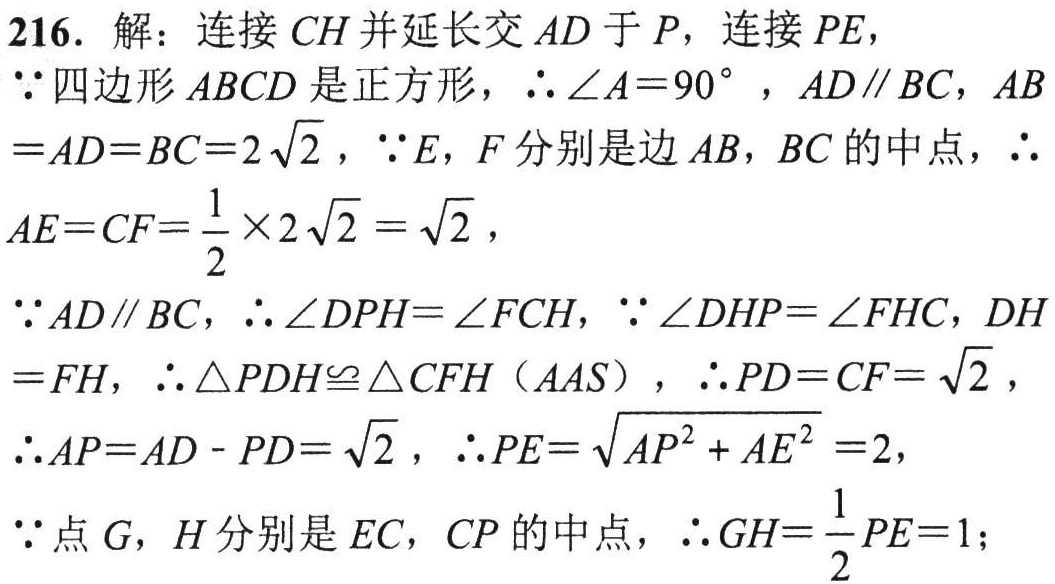
216. 解：连接$CH$并延长交$AD$于$P$，连接$PE$，
$\because$四边形$ABCD$是正方形，$\therefore\angle A = 90^{\circ}$，$AD\parallel BC$，$AB$
$=AD = BC = 2\sqrt{2}$，$\because E,F$分别是边$AB,BC$的中点，$\therefore$
$AE = CF=\frac{1}{2}\times2\sqrt{2}=\sqrt{2}$，
$\because AD\parallel BC$，$\therefore\angle DPH=\angle FCH$，$\because\angle DHP=\angle FHC$，$DH$
$=FH$，$\therefore\triangle PDH\cong\triangle CFH$（$AAS$），$\therefore PD = CF=\sqrt{2}$，
$\therefore AP = AD - PD=\sqrt{2}$，$\therefore PE=\sqrt{AP^{2}+AE^{2}} = 2$，
$\because$点$G,H$分别是$EC,CP$的中点，$\therefore GH=\frac{1}{2}PE = 1$；